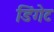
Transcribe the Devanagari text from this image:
डिंगेट